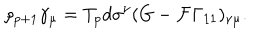
LaTeX: \rho _ { p + 1 } \gamma _ { \mu } = T _ { p } d \sigma ^ { \nu } ( G - { \cal F } \Gamma _ { 1 1 } ) _ { \nu \mu } .